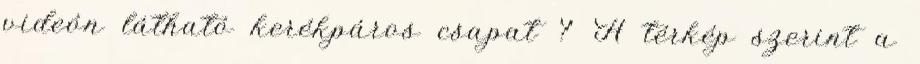
videón látható kerékpáros csapat ? A térkép szerint a